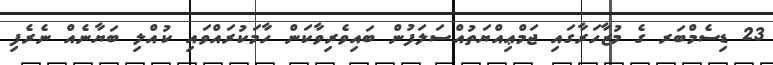
23 ޑިސެމްބަރ ގެ މުޒާހަރާގައި ޖަމްޢިއްޔަތުއްސަލަފުން ބައިވެރިވާކަން ހާމަކުރައްވައި ކުއްލި ބަޔާނެއް ނެރެފި